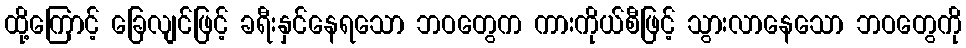
ထို့ကြောင့် ခြေလျင်ဖြင့် ခရီးနှင်နေရသော ဘဝတွေက ကားကိုယ်စီဖြင့် သွားလာနေသော ဘဝတွေကို